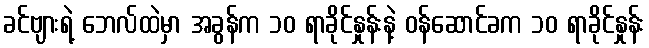
ခင်ဗျားရဲ့ ဘေလ်ထဲမှာ အခွန်က ၁၀ ရာခိုင်နှုန်းနဲ့ ဝန်ဆောင်ခက ၁၀ ရာခိုင်နှုန်း